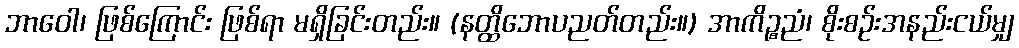
ဘာဝေါ၊ ဖြစ်ကြောင်း ဖြစ်ရာ မရှိခြင်းတည်း။ (နတ္ထိဘောပညတ်တည်း။) အာကိဉ္စညံ၊ စိုးစဉ်းအနည်းငယ်မျှ